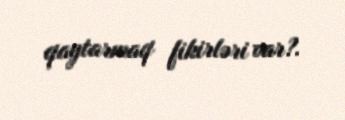
qaytarmaq fikirləri var?.